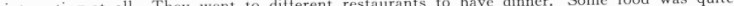
interesting at all. They went to different restaurants to have dinner. Some food was quite